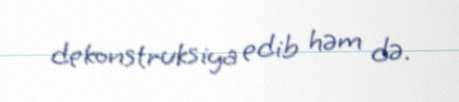
dekonstruksiya edib həm də.